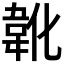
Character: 𲊢